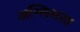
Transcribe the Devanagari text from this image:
अश्लिलता